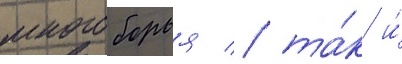
многоборья / та́к и́